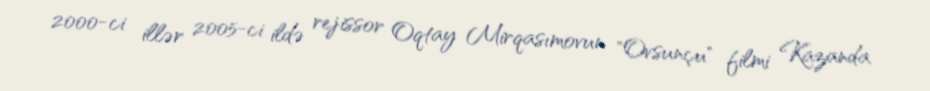
2000-ci illər 2005-ci ildə rejissor Oqtay Mirqasımovun "Ovsunçu" filmi Kazanda